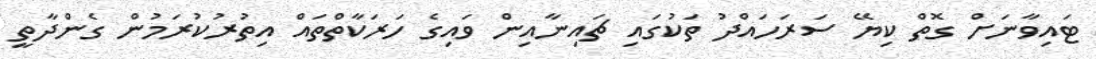
ޓައިވާނަށް ގޮތް ކިޔޭ ސަރަހައްދު ތަކުގައި ޗައިނާއިން ވައިގެ ހަރަކާތްތައް އިތުރުކުރަމުން ގެންދާތީ